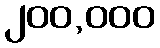
၂၀၀,၀၀၀